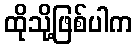
ထိုသို့ဖြစ်ပါက